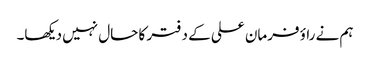
ہم نے راؤ فرمان علی کے دفتر کا حال نہیں دیکھا۔